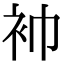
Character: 䘜